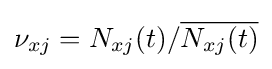
\nu _{xj}=N_{xj}(t)/{\overline {N_{xj}(t)}}